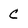
Character: C